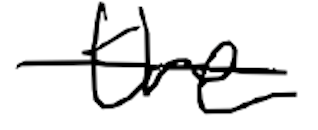
Text: the
Cross-out: single-line
Writing tool: digital_black